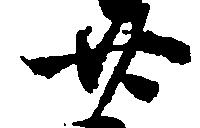
廿